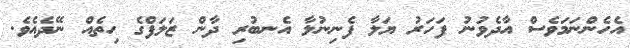
އެހެންނަމަވެސް އާދެވުނު ފަހަރު ޔަލާ ފެނިނުލާ އެނބުރި ދާން ޒަލަފްގެ ހިތެއް ނޭދެއެވެ.